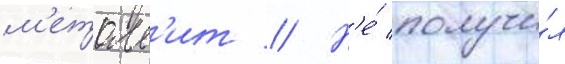
м'еталл'ит // Н'е́ получи́л